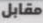
مقابل